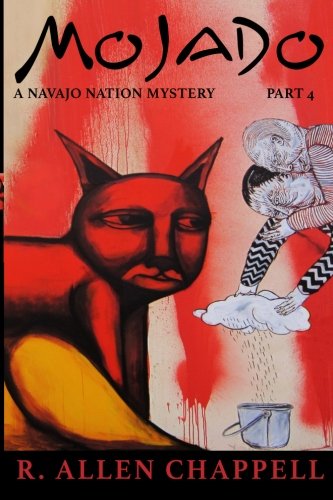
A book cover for Mojado: A Navajo Nation Mystery (Volume 4); R. Allen Chappell; Literature & Fiction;